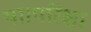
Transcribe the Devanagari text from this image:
था।परिक्षा